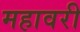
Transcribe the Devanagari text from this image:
महावरी